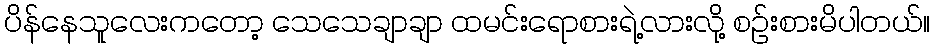
ပိန်နေသူလေးကတော့ သေသေချာချာ ထမင်းရောစားရဲ့လားလို့ စဉ်းစားမိပါတယ်။